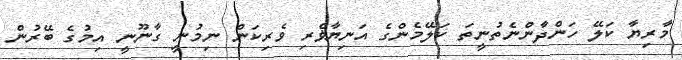
މާރިޔާ ކަލޭ ހަންދާންނެތުނީތަ ކަލޭމެންގެ އަނިޔާޥެރި ވެރިކަން ނިމުނީ ގާނޫނީ އިމުގެ ބޭރުން